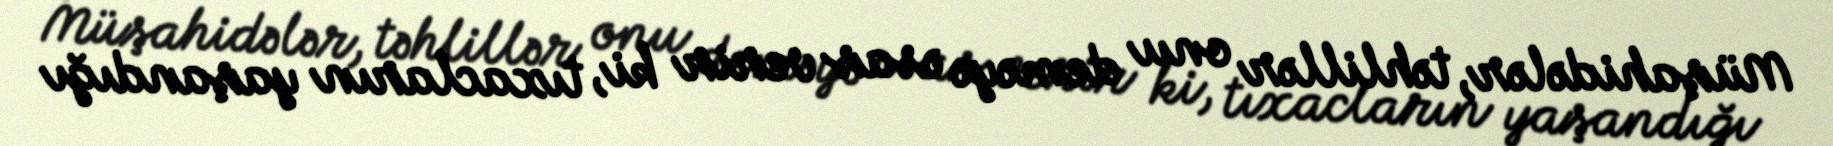
Müşahidələr, təhlillər onu deməyə əsas verir ki, tıxacların yaşandığı